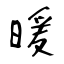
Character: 暖